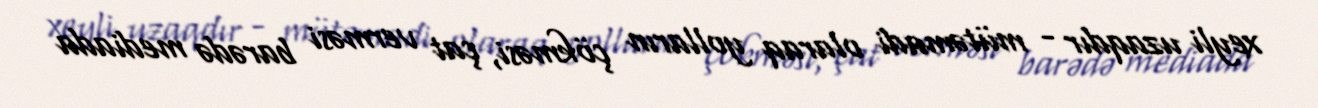
xeyli uzaqdır - mütəmadi olaraq yolların çökməsi, çat verməsi barədə mediada